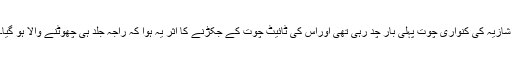
شازیہ کی کنواری چوت پہلی بار چد رہی تھی اوراس کی ٹائیٹ چوت کے جکڑنے کا اثر یہ ہوا کہ راجہ جلد ہی چھوٹنے والا ہو گیا۔